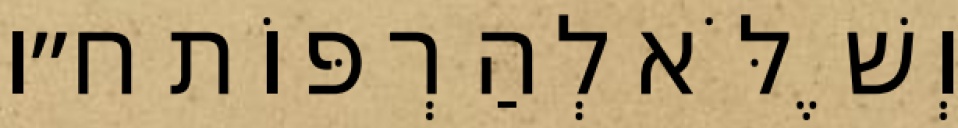
וְשֶׁלֹּא לְהַרְפּוֹת ח״ו